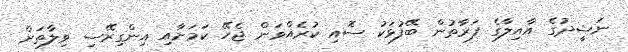
ނަޝީދުގެ އާއިލާގެ ފަރާތުން ބޭފުޅަކު ސޮއި ކުރެއްވަން ޖެހޭ ކަމަށާއި އިންގިރޭސި ވިލާތަށް